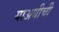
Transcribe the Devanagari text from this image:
याअधीची